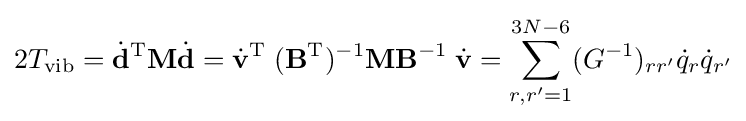
2T_{\mathrm {vib} }={\dot {\mathbf {d} }}^{\mathrm {T} }\mathbf {M} {\dot {\mathbf {d} }}={\dot {\mathbf {v} }}^{\mathrm {T} }\;(\mathbf {B} ^{\mathrm {T} })^{-1}\mathbf {M} \mathbf {B} ^{-1}\;{\dot {\mathbf {v} }}=\sum _{r,r'=1}^{3N-6}(G^{-1})_{rr'}{\dot {q}}_{r}{\dot {q}}_{r'}